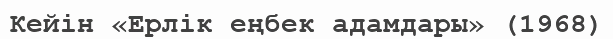
Кейін «Ерлік еңбек адамдары» (1968)